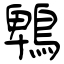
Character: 鵯